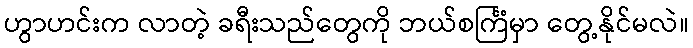
ဟွာဟင်းက လာတဲ့ ခရီးသည်တွေကို ဘယ်စင်္ကြံမှာ တွေ့နိုင်မလဲ။